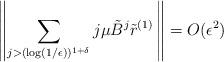
LaTeX: \begin{align*}\left\| \sum_{j> (\log(1/\epsilon))^{1+\delta}} j\mu\tilde{B}^j \tilde{r}^{(1)}\,\right\| = O(\epsilon^2) \end{align*}